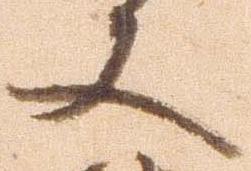
又